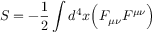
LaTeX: S = - { \frac { 1 } { 2 } } \int d ^ { 4 } x { \Big ( } F _ { \mu \nu } F ^ { \mu \nu } { \Big ) }